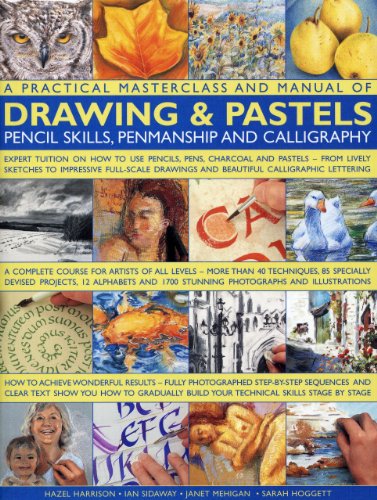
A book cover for A Practical Masterclass and Manual of Drawing & Pastels, Pencil Skills, Penmanship and Calligraphy; Ian Sidaway; Arts & Photography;